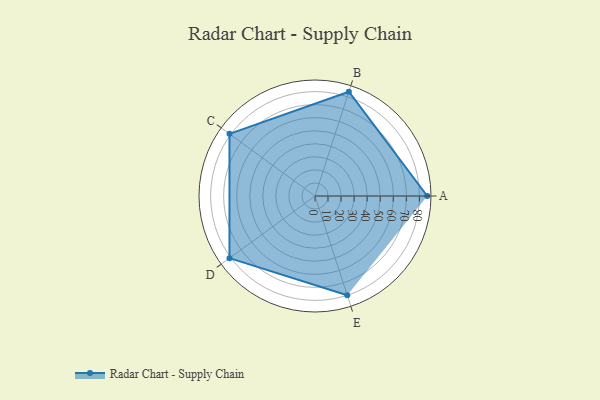
{"axis": {"x": "Skill", "y": "Score"}, "legend": ["Profile"], "data": [{"x": "A", "y": 86.0, "type": "Profile"}, {"x": "B", "y": 84.0, "type": "Profile"}, {"x": "C", "y": 81.0, "type": "Profile"}, {"x": "D", "y": 81.0, "type": "Profile"}, {"x": "E", "y": 80.0, "type": "Profile"}]}